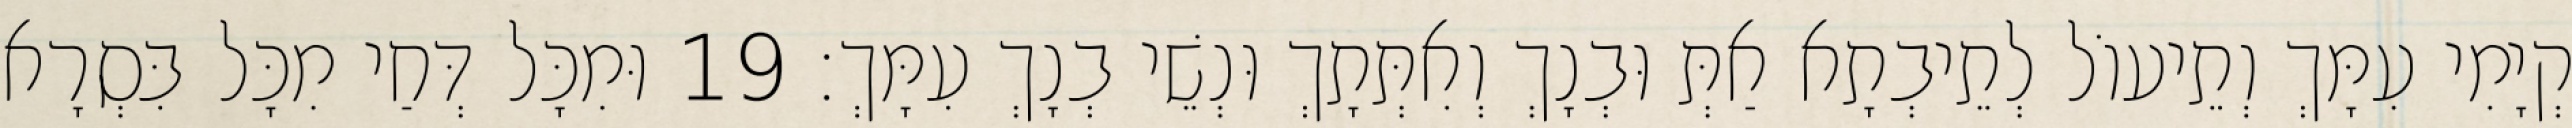
קְיָמִי עִמָּךְ וְתֵיעוֹל לְתֵיבְתָא אַתְּ וּבְנָךְ וְאִתְּתָךְ וּנְשֵׁי בְנָךְ עִמָּךְ׃ 19 וּמִכָּל דְּחַי מִכָּל בִּסְרָא